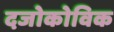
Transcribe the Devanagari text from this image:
दजोकोविक